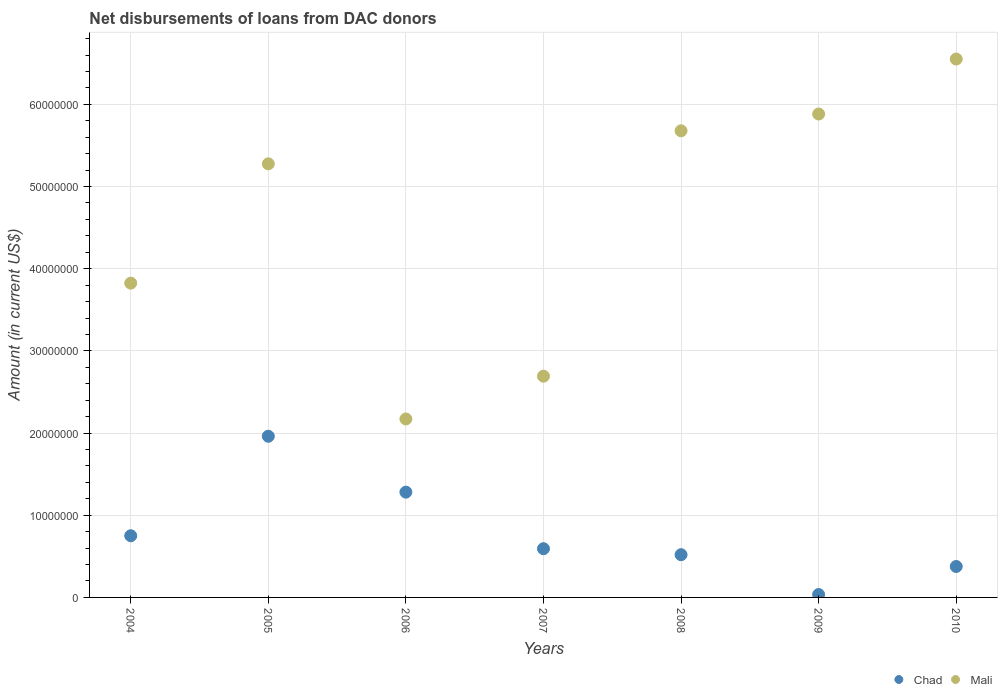
| Years | Chad | Mali |
 | --- | --- | --- |
 | 2004 | 7.50e+06 | 3.82e+07 |
 | 2005 | 1.96e+07 | 5.28e+07 |
 | 2006 | 1.28e+07 | 2.17e+07 |
 | 2007 | 5.93e+06 | 2.69e+07 |
 | 2008 | 5.2e+06 | 5.68e+07 |
 | 2009 | 3.53e+05 | 5.88e+07 |
 | 2010 | 3.76e+06 | 6.55e+07 |